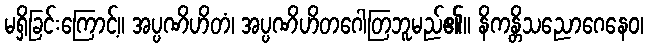
မရှိခြင်းကြောင့်။ အပ္ပဏိဟိတံ၊ အပ္ပဏိဟိတဂေါတြဘူမည်၏။ နိကန္တိသညောဂေနေဝ၊